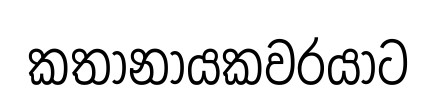
කතානායකවරයාට